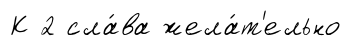
К 2 сла́ва жела́т'ельно